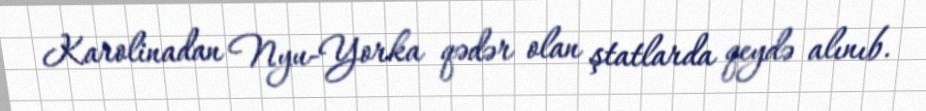
Karolinadan Nyu-Yorka qədər olan ştatlarda qeydə alınıb.